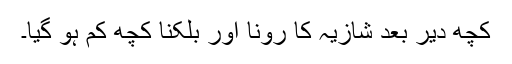
کچھ دیر بعد شازیہ کا رونا اور بلکنا کچھ کم ہو گیا۔